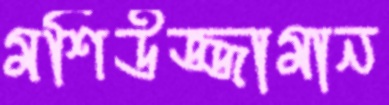
মশিউজ্জামান